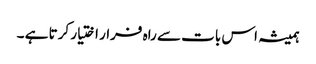
ہمیشہ اس بات سے راہ فرار اختیار کرتا ہے ۔